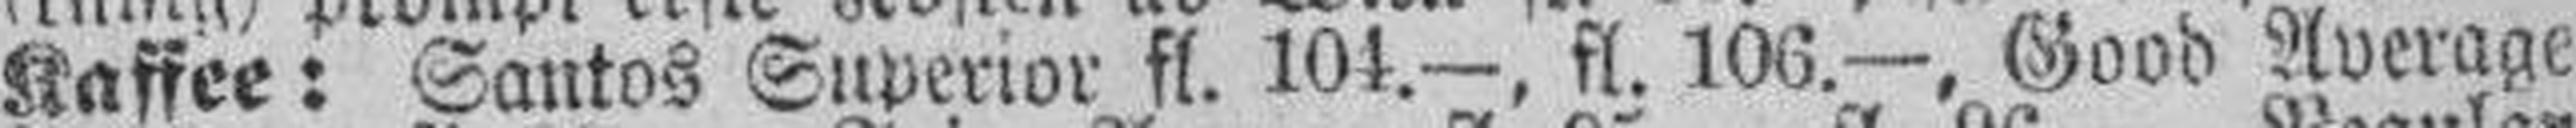
Kaffee: Santos Superior fl. 104.—, fl. 106.—, Good Average